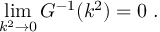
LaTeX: \operatorname * { l i m } _ { k ^ { 2 } \to 0 } G ^ { - 1 } ( k ^ { 2 } ) = 0 \; .